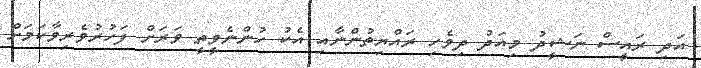
އަދި ރައީސް ނަޝީދު މިއަދު ދިވެހި ރައްޔިތުންނާއި އެކު ހުންނެވީތީ ވަރަށް ފަހުރުވެރިވާކަމަށް